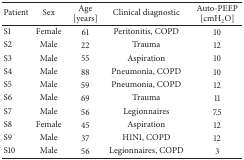
<table><thead><tr><td><b>Patient </b></td><td><b>Sex</b></td><td><b>Age [years]</b></td><td><b>Clinical diagnostic</b></td><td><b>Auto-PEEP [cmH<sub>2</sub>O]</b></td></tr></thead><tbody><tr><td>S1</td><td>Female</td><td>61</td><td>Peritonitis, COPD</td><td>10</td></tr><tr><td>S2</td><td>Male</td><td>22</td><td>Trauma</td><td>12</td></tr><tr><td>S3</td><td>Male</td><td>55</td><td>Aspiration</td><td>10</td></tr><tr><td>S4</td><td>Male</td><td>88</td><td>Pneumonia, COPD</td><td>10</td></tr><tr><td>S5</td><td>Male</td><td>59</td><td>Pneumonia, COPD</td><td>12</td></tr><tr><td>S6</td><td>Male</td><td>69</td><td>Trauma</td><td>11</td></tr><tr><td>S7</td><td>Male</td><td>56</td><td>Legionnaires</td><td>7.5</td></tr><tr><td>S8</td><td>Female</td><td>45</td><td>Aspiration</td><td>12</td></tr><tr><td>S9</td><td>Male</td><td>37</td><td>H1N1, COPD</td><td>12</td></tr><tr><td>S10</td><td>Male</td><td>56</td><td>Legionnaires, COPD</td><td>3</td></tr></tbody></table>